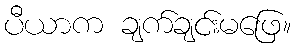
ပီယာက ချက်ချင်းမဖြေ။